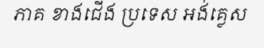
ភាគ ខាងជើង ប្រទេស អង់គ្លេស